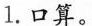
1.口算。